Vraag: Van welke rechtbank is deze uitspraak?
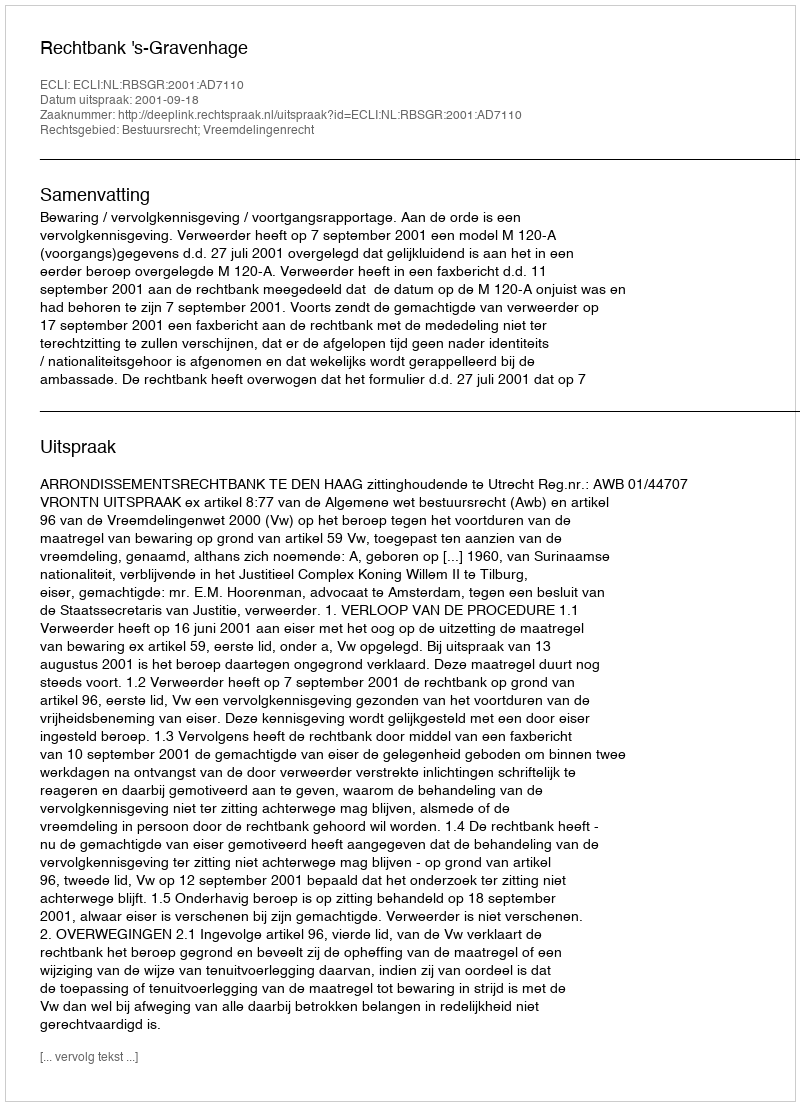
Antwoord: Rechtbank 's-Gravenhage